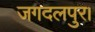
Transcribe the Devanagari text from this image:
जगदलपुर।